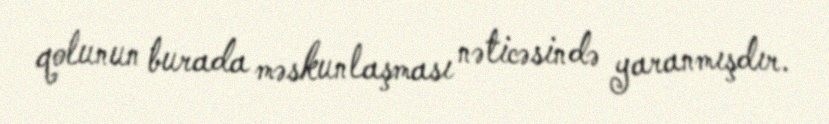
qolunun burada məskunlaşması nəticəsində yaranmışdır.